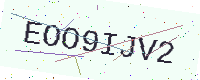
Text: EOO9IJV2